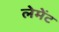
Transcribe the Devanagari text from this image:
लेमेंट